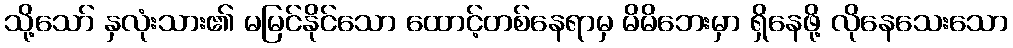
သို့သော် နှလုံးသား၏ မမြင်နိုင်သော ထောင့်တစ်နေရာမှ မိမိဘေးမှာ ရှိနေဖို့ လိုနေသေးသော